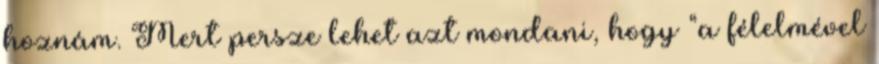
hoznám. Mert persze lehet azt mondani, hogy “a félelmével